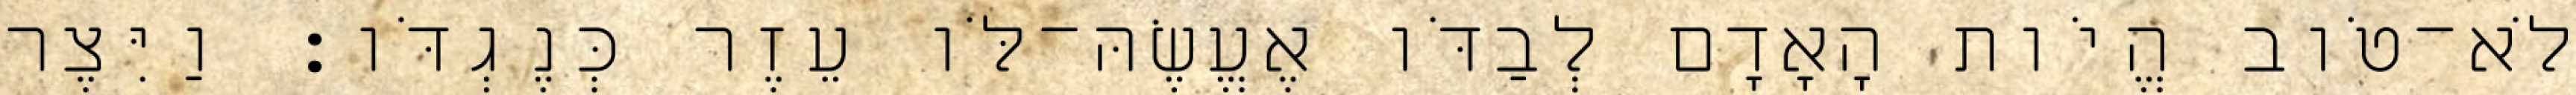
לֹא־טֹוב הֱיֹות הָאָדָם לְבַדֹּו אֶעֱשֶׂהּ־לֹּו עֵזֶר כְּנֶגְדֹּו׃ וַיִּצֶר